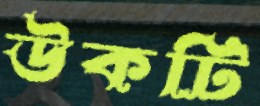
উকটি